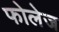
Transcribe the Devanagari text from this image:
फोलेज